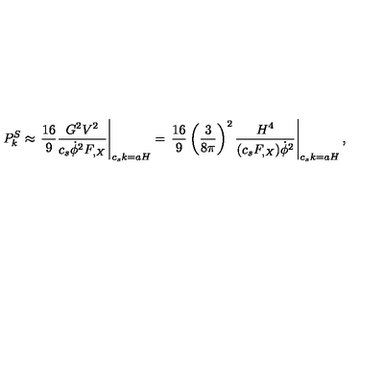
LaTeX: P _ { k } ^ { S } \approx \left. \frac { 1 6 } { 9 } \frac { G ^ { 2 } V ^ { 2 } } { c _ { s } \dot { \phi } ^ { 2 } F _ { , X } } \right| _ { c _ { s } k = a H } = \left. \frac { 1 6 } { 9 } \left( \frac { 3 } { 8 \pi } \right) ^ { 2 } \frac { H ^ { 4 } } { ( c _ { s } F _ { , X } ) \dot { \phi } ^ { 2 } } \right| _ { c _ { s } k = a H } ,